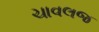
ચાવલજ